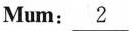
Mum:\underline{2}